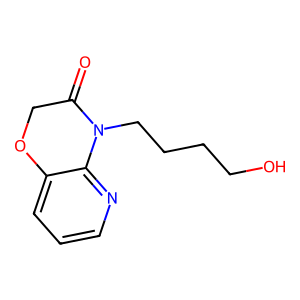
SMILES: O=C1COc2cccnc2N1CCCCO
Inhibits HIV replication: No